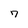
Character: 7